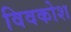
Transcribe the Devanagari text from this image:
विवकोश